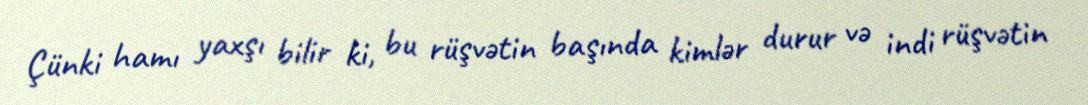
Çünki hamı yaxşı bilir ki, bu rüşvətin başında kimlər durur və indi rüşvətin